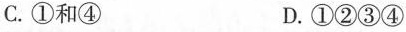
C.①和④ D.①②③④